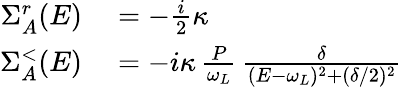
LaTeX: \begin{array}{rl}{\Sigma_{A}^{r}(E)}&{{}=-\frac{i}{2}\kappa}\\ {\Sigma_{A}^{<}(E)}&{{}=-i\kappa\, \frac{P}{\omega_{L}}\, \frac{\delta}{(E-\omega_{L})^{2}+(\delta/2)^{2}}}\end{array}